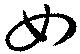
女